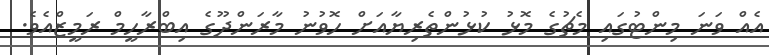
އެއް ވަނަ މިންޓުގައި މެޗުގެ މޮޅު ކުޅުންތެރިޔާއަށް ހޮވުނު މާރަންދޫގެ އިބްރާހީމް ރަމީޒްއެވެ.